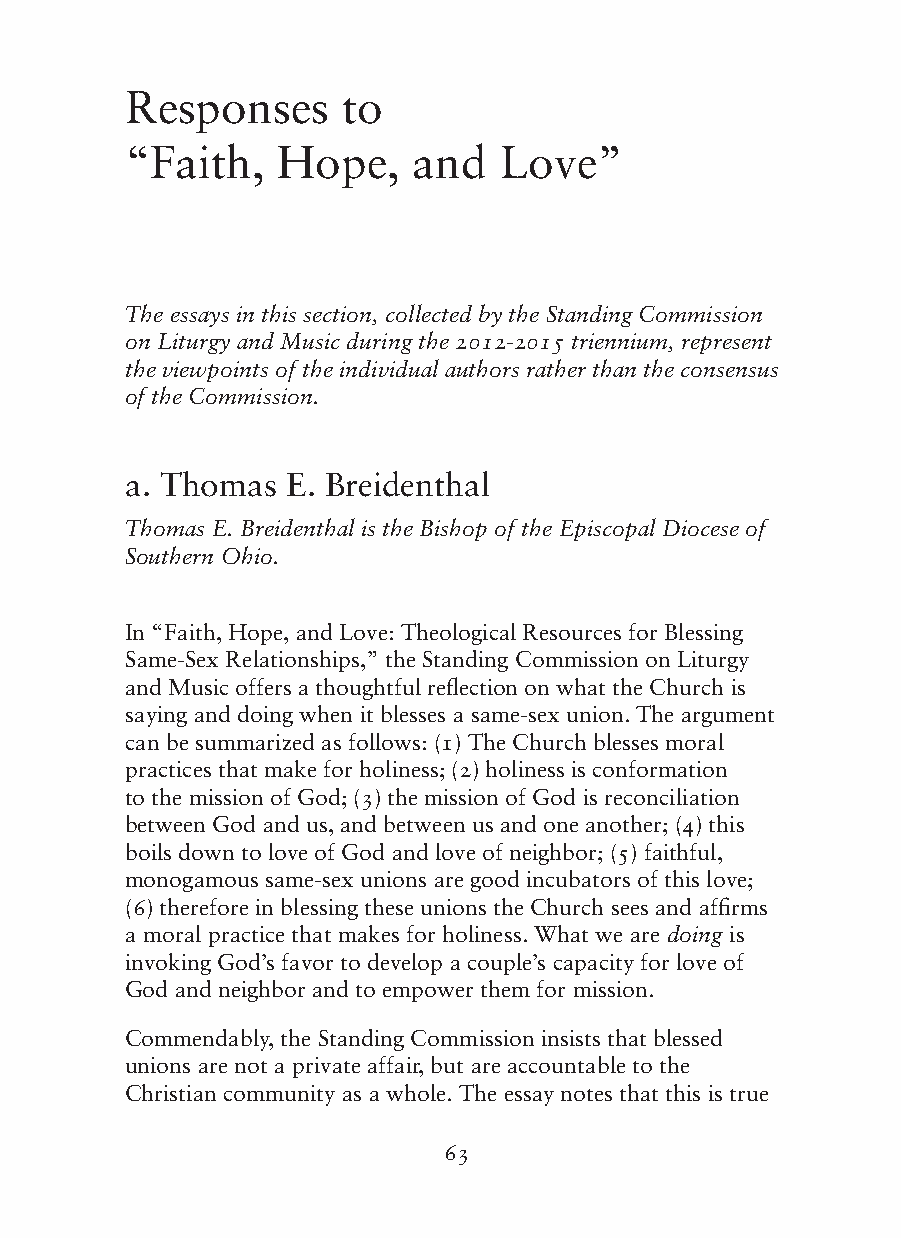
Responses      to
 “Faith,   Hope,    and   Love”
 The essays in this section, collected by the Standing Commission
 on Liturgy and Music during the 2012-2015 triennium, represent
 the viewpoints of the individual authors rather than the consensus
 of the Commission.
 a. Thomas  E. Breidenthal
 Thomas E. Breidenthal is the Bishop of the Episcopal Diocese of
 Southern Ohio.
 In “Faith, Hope, and Love: Theological Resources for Blessing
 Same-Sex Relationships,” the Standing Commission on Liturgy
 and Music offers a thoughtful reflection on what the Church is
 saying and doing when it blesses a same-sex union. The argument
 can be summarized as follows: (1) The Church blesses moral
 practices that make for holiness; (2) holiness is conformation
 to the mission of God; (3) the mission of God is reconciliation
 between God and us, and between us and one another; (4) this
 boils down to love of God and love of neighbor; (5) faithful,
 monogamous same-sex unions are good incubators of this love;
 (6) therefore in blessing these unions the Church sees and affirms
 a moral practice that makes for holiness. What we are doing is
 invoking God’s favor to develop a couple’s capacity for love of
 God and neighbor and to empower them for mission.
 Commendably, the Standing Commission insists that blessed
 unions are not a private affair, but are accountable to the
 Christian community as a whole. The essay notes that this is true
 63